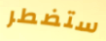
ستضطر